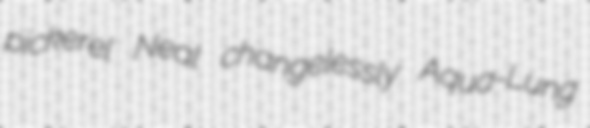
pickerel Neal changelessly Aqua-Lung